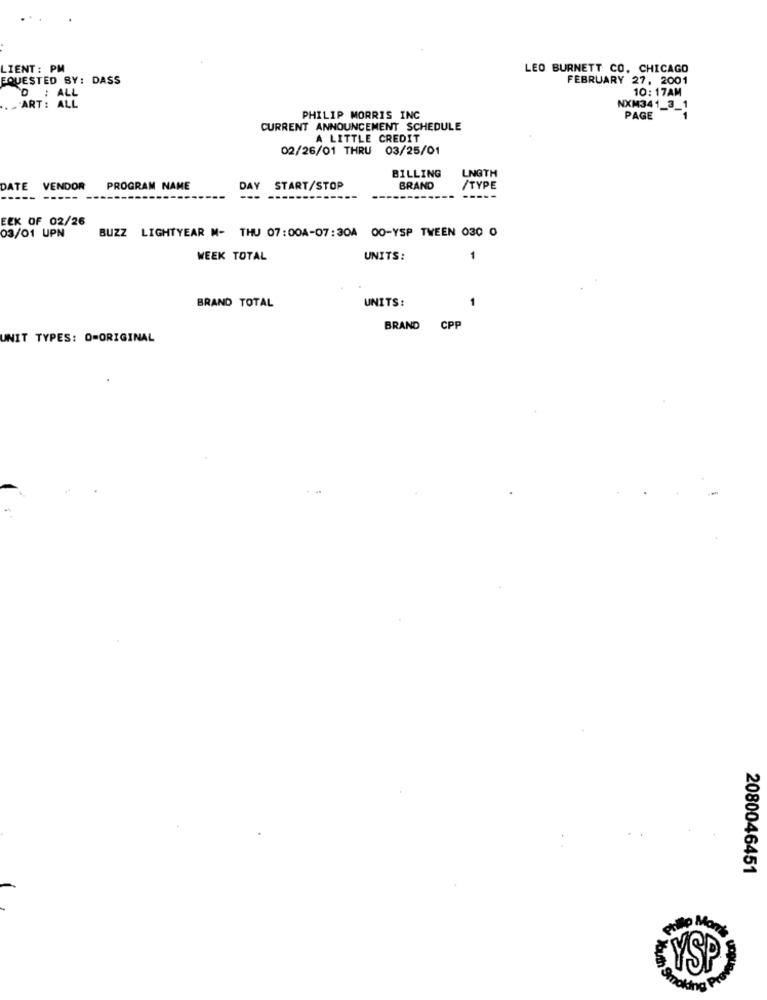
....
LIENT: PM
LEO BURNETT CO. CHICAGO
EQUESTED BY: DASS
FEBRUARY 27, 2001
10: 17AM
D : ALL
... ART : ALL
NXM341_3_1
PHILIP MORRIS INC
PAGE
CURRENT ANNOUNCEMENT SCHEDULE
A LITTLE CREDIT
02/26/01 THRU 03/25/01
BILLING
LNGTH
DATE
VENDOR
PROGRAM NAME
DAY
START/STOP
BRAND
/TYPE
-----
---
EEK OF 02/26
BUZZ LIGHTYEAR M- THU 07:00A-07:30A 00-YSP TWEEN 030 0
03/01 UPN
WEEK TOTAL
UNITS:
1
UNITS:
BRAND TOTAL
BRAND
CPP
UNIT TYPES: O=ORIGINAL
2080046451
YSP
Smoking Pro